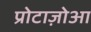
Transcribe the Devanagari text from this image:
प्रोटाज़ोआ